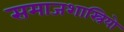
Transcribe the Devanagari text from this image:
समाजशास्त्रियो